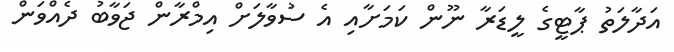
އަދާލަތު ޕާޓީގެ ލީޑަރާ ނޫން ކަމަށާއި އެ ސުވާލަށް އިމްރާން ޖަވާބު ދެއްވަން